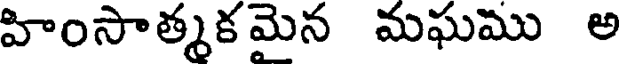
హింసాత్మకమెన మఘము అ